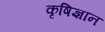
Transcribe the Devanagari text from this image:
कृषिज्ञान